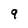
Character: 9